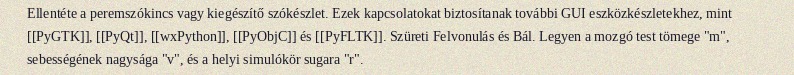
Ellentéte a peremszókincs vagy kiegészítő szókészlet. Ezek kapcsolatokat biztosítanak további GUI eszközkészletekhez, mint [[PyGTK]], [[PyQt]], [[wxPython]], [[PyObjC]] és [[PyFLTK]]. Szüreti Felvonulás és Bál. Legyen a mozgó test tömege "m", sebességének nagysága "v", és a helyi simulókör sugara "r".